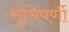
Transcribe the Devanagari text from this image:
सुचिपर्णी